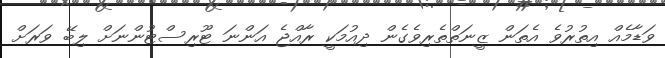
ވަޑާމެއް އިތުރުވެ އެތަން ޒީނަތްތެރިވެގެން ދިއުމަކީ ރާއްޖެ އަންނަ ޓޫރިސްޓުންނަށް ލިބޭ ވަރަށް